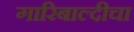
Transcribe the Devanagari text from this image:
गारिबाल्दीचा